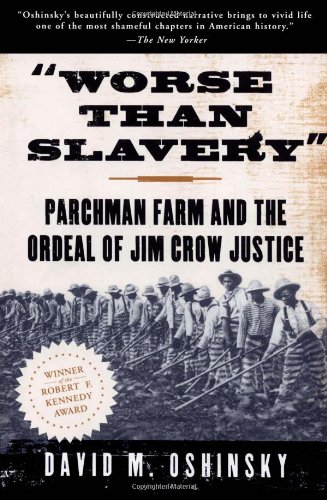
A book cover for Worse than Slavery: Parchman Farm and the Ordeal of Jim Crow Justice; David M. Oshinsky; History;